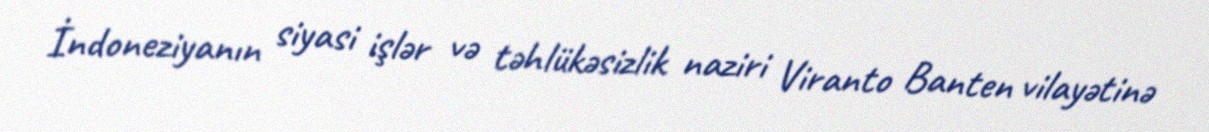
İndoneziyanın siyasi işlər və təhlükəsizlik naziri Viranto Banten vilayətinə